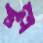
শল্ল